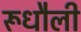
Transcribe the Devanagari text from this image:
रूधौली